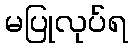
မပြုလုပ်ရ